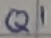
Text: Q1